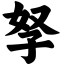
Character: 孥